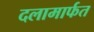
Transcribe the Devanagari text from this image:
दलामार्फत